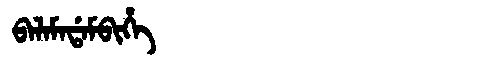
Manchu: ᠪᠠᠯᠠᠮᠠᡩᠠᠮᠪᡳᡥᡝ
Romanization: BALAMADAMBIHE